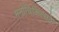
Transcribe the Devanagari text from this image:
मनोचिकित्सके